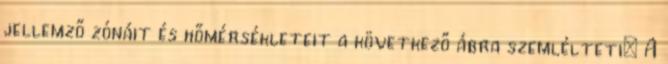
jellemző zónáit és hőmérsékleteit a következő ábra szemlélteti: A